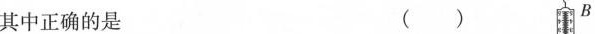
其中正确的是 () B